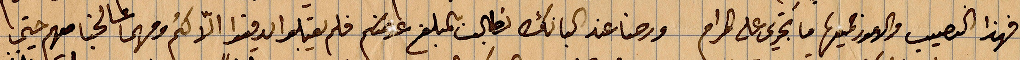
فهذا النصيب والأمور جميعها ما تجري على المرام. ورضا عند كبانك تطالب بالمبلغ عنكم فلم يقبلوا ان يدفعوا الأكمّ ومهما صالحنها معهم حتى